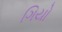
ગિયો